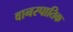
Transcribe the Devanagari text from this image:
वानस्पातिक